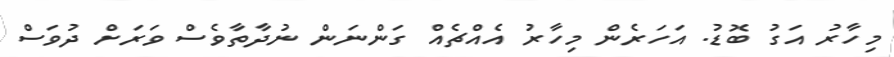
މިހާރު އަގު ބޮޑު. އަހަރެން މިހާރު އެއްޗެއް ގަންނަން ނުދާތާވެސް ވަރަށް ދުވަސް